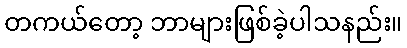
တကယ်တော့ ဘာများဖြစ်ခဲ့ပါသနည်း။